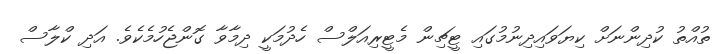
ތުއްތު ކުދިންނަށް ކިޔަވައިދިނުމުގައި ޓީޗިން މެޓީރިއަލްސް ހެދުމަކީ ދިމާވާ ގޮންޖެހުމެކެވެ. އަދި ކްލާސް